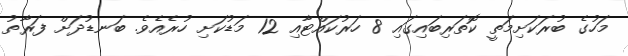
މަހުގެ ބުރަކަށިމަތީ ކޮތަރިބައިގައި 8 ހަރުކައްޓާއި 12 މަޑުކަށި ހުރެއެވެ. ބަނޑުދަށް ފަރާތު